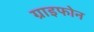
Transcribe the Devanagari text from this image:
ग्राइफोन